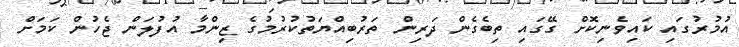
އުމުރުގައި ކައިވެނިކޮށް ގޭގައި ތިބެގެން ދަރިން ތަރުބިއްޔަތުކުރުމުގެ ޒިންމާ އުފުލަން ޖެހުން ކަމަށް